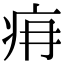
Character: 𤴿